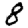
Digit: 8